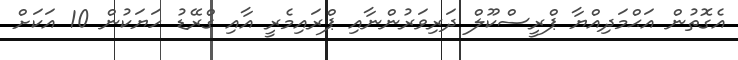
އެގޮތުން އަޙްމަދިއްޔާ ޕްރީސްކޫލް ދަރިވަރުންނާއި ޕްރައިމެރީ އާއި ގްރޭޑު ހަޔަކުން 10 އަކަށް